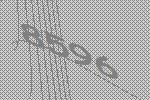
8596